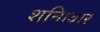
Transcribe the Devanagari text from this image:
शनिावार